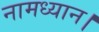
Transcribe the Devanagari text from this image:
नामध्यान।